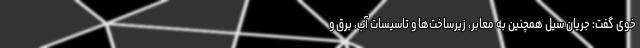
خوی گفت: جریان سیل همچنین به معابر، زیرساخت‌ها و تاسیسات آب، برق و